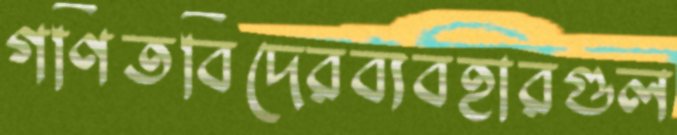
গণিতবিদেরব্যবহারগুল